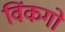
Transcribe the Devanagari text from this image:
विंकगो